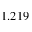
1 . 2 1 9